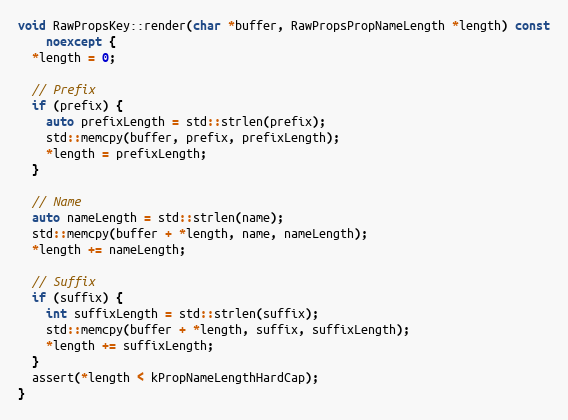
Language: C++
void RawPropsKey::render(char *buffer, RawPropsPropNameLength *length) const
    noexcept {
  *length = 0;

  // Prefix
  if (prefix) {
    auto prefixLength = std::strlen(prefix);
    std::memcpy(buffer, prefix, prefixLength);
    *length = prefixLength;
  }

  // Name
  auto nameLength = std::strlen(name);
  std::memcpy(buffer + *length, name, nameLength);
  *length += nameLength;

  // Suffix
  if (suffix) {
    int suffixLength = std::strlen(suffix);
    std::memcpy(buffer + *length, suffix, suffixLength);
    *length += suffixLength;
  }
  assert(*length < kPropNameLengthHardCap);
}